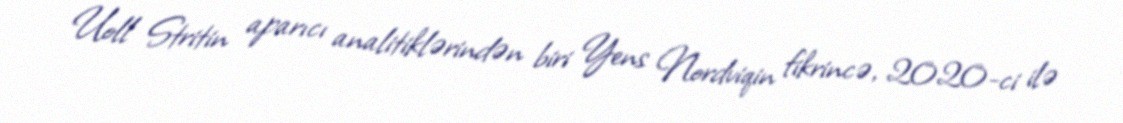
Uoll Stritin aparıcı analitiklərindən biri Yens Nordviqin fikrincə, 2020-ci ilə